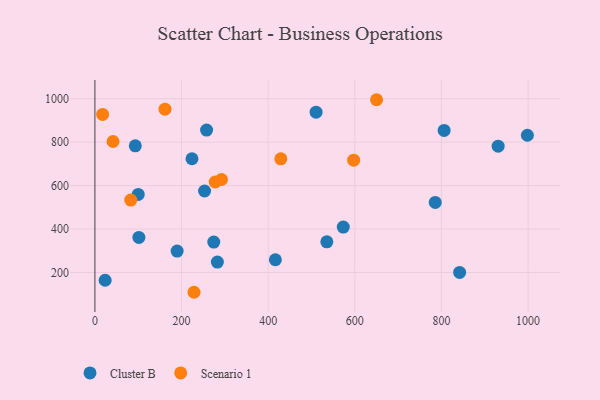
{"axis": {"x": "Experience", "y": "Profit"}, "legend": ["Cluster B", "Scenario 1"], "data": [{"x": "930.9", "y": 781.8, "type": "Cluster B"}, {"x": "282.7", "y": 248.0, "type": "Cluster B"}, {"x": "806.2", "y": 854.2, "type": "Cluster B"}, {"x": "535.4", "y": 340.9, "type": "Cluster B"}, {"x": "257.8", "y": 855.8, "type": "Cluster B"}, {"x": "100.0", "y": 559.5, "type": "Cluster B"}, {"x": "416.6", "y": 258.6, "type": "Cluster B"}, {"x": "510.6", "y": 938.2, "type": "Cluster B"}, {"x": "842.0", "y": 200.3, "type": "Cluster B"}, {"x": "998.4", "y": 831.9, "type": "Cluster B"}, {"x": "253.1", "y": 575.2, "type": "Cluster B"}, {"x": "224.1", "y": 723.6, "type": "Cluster B"}, {"x": "101.5", "y": 361.5, "type": "Cluster B"}, {"x": "189.8", "y": 298.3, "type": "Cluster B"}, {"x": "573.4", "y": 409.2, "type": "Cluster B"}, {"x": "274.4", "y": 340.1, "type": "Cluster B"}, {"x": "785.7", "y": 522.4, "type": "Cluster B"}, {"x": "23.6", "y": 164.1, "type": "Cluster B"}, {"x": "93.2", "y": 783.2, "type": "Cluster B"}, {"x": "228.8", "y": 108.8, "type": "Scenario 1"}, {"x": "650.2", "y": 995.5, "type": "Scenario 1"}, {"x": "17.8", "y": 927.9, "type": "Scenario 1"}, {"x": "292.3", "y": 628.2, "type": "Scenario 1"}, {"x": "429.2", "y": 723.3, "type": "Scenario 1"}, {"x": "161.8", "y": 952.2, "type": "Scenario 1"}, {"x": "82.7", "y": 533.2, "type": "Scenario 1"}, {"x": "277.6", "y": 616.6, "type": "Scenario 1"}, {"x": "41.8", "y": 803.1, "type": "Scenario 1"}, {"x": "597.3", "y": 717.3, "type": "Scenario 1"}]}